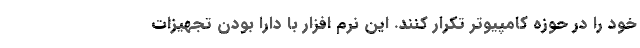
خود را در حوزه کامپیوتر تکرار کنند. این نرم افزار با دارا بودن تجهیزات